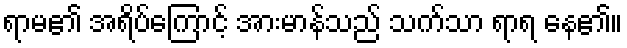
ရာမ၏ အရိပ်ကြောင့် အားမာန်သည် သက်သာ ရာရ နေ၏။